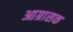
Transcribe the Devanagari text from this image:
आग्रासक